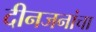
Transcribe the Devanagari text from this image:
दीनजनांचा